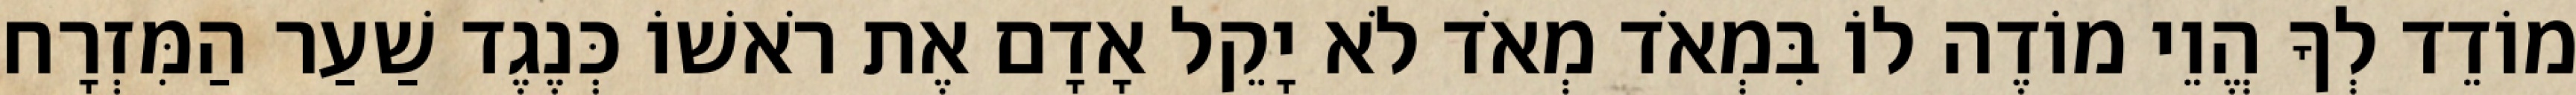
מוֹדֵד לְךָ הֱוֵי מוֹדֶה לוֹ בִּמְאֹד מְאֹד לֹא יָקֵל אָדָם אֶת רֹאשׁוֹ כְּנֶגֶד שַׁעַר הַמִּזְרָח